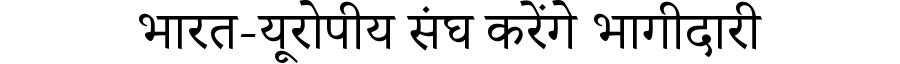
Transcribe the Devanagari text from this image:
भारत-यूरोपीय संघ करेंगे भागीदारी